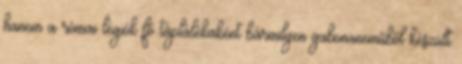
hanem a római légiók fő táplálékaként bármilyen gabonaneműből készült